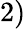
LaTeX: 2)